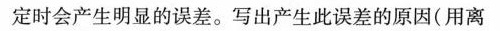
定时会产生明显的误差。写出产生此误差的原因(用离